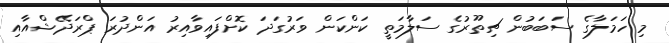
މި ހަމަލާގެ ސަބަބުން ޗިތޫރުގެ ސަލާމަތީ ކަންކަން ވަރުގަދަ ކޮށްފައިވާއިރު އަންދުރަ ޕްރަދޭޝްއާއި